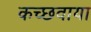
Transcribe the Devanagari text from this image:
कच्छवाया